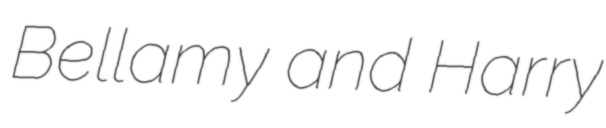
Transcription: Bellamy and Harry